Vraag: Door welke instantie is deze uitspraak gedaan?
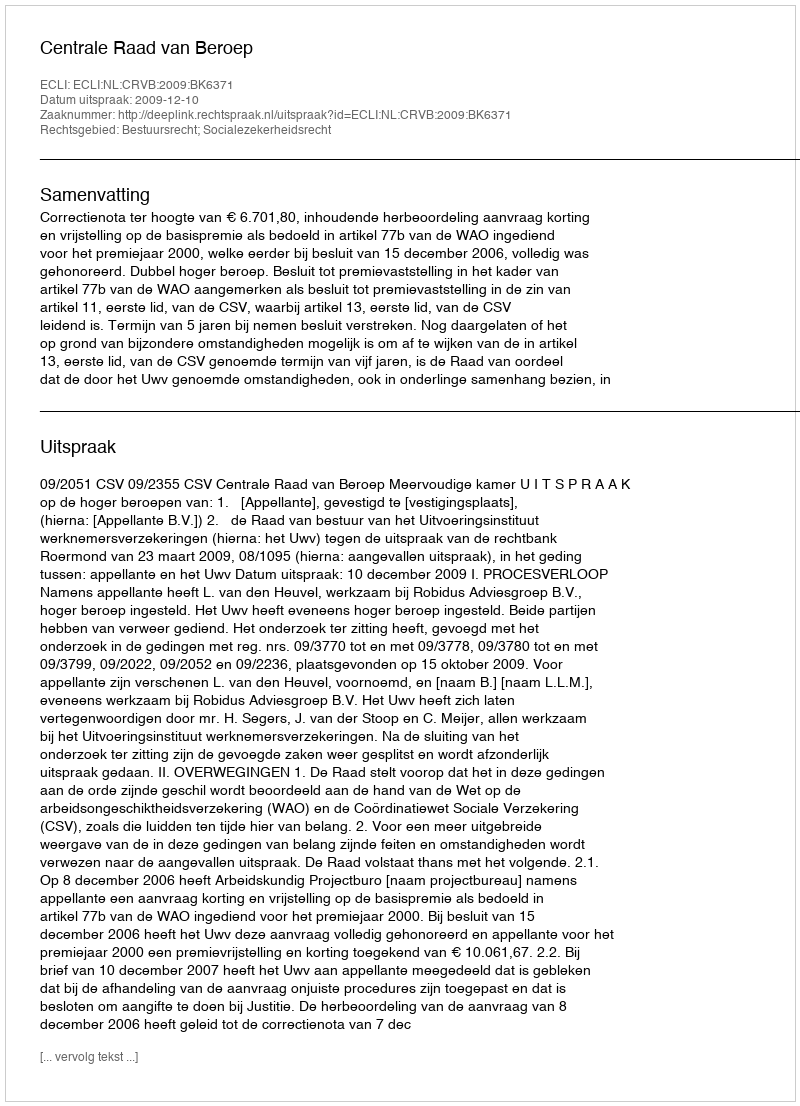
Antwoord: Centrale Raad van Beroep